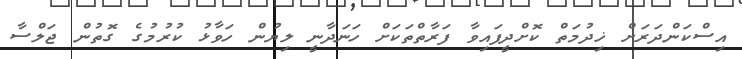
އިސްކަންދަރަށް ޚިދުމަތް ކޮށްދީފައިވާ ފަރާތްތަކަށް ހަނަދާނީ ލިޔުން ހަވާޅު ކުރުމުގެ ގޮތުން ޖަލްސާ